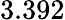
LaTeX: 3.392